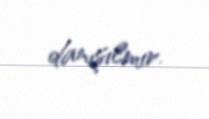
danışılmır.